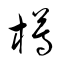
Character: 樽